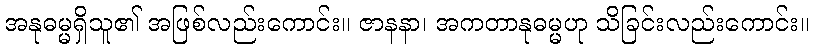
အနုဓမ္မရှိသူ၏ အဖြစ်လည်းကောင်း။ ဇာနနာ၊ အကတာနုဓမ္မဟု သိခြင်းလည်းကောင်း။